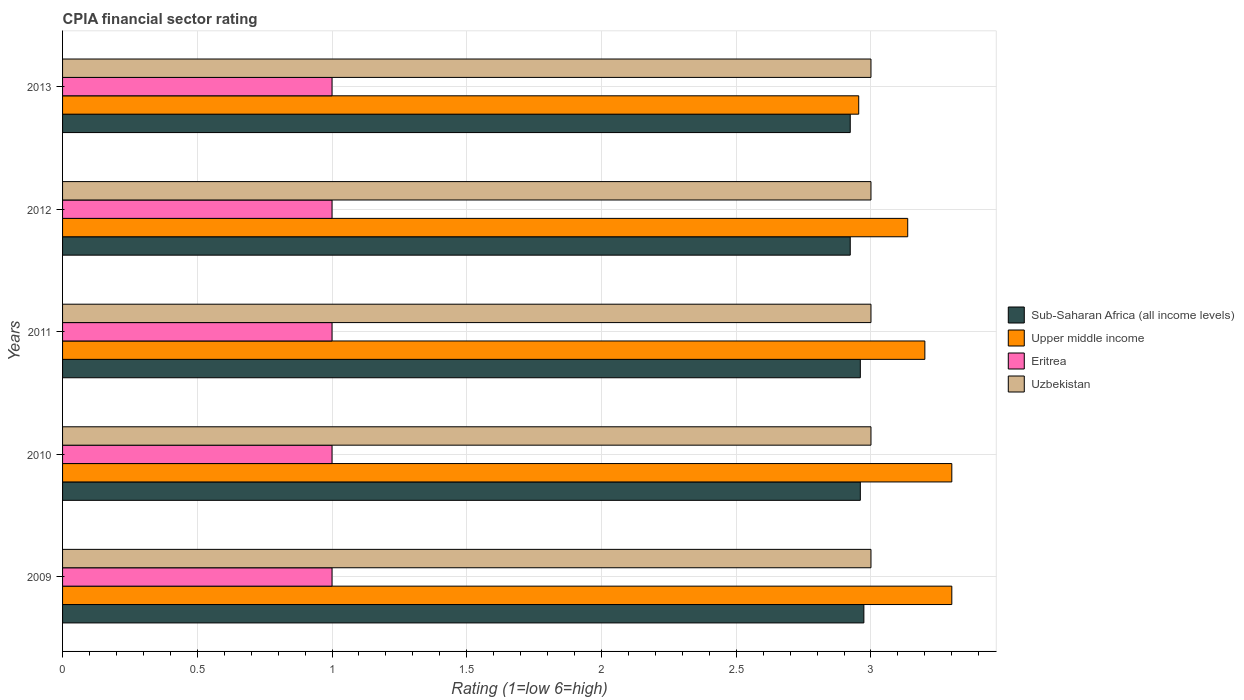
| Years | Sub-Saharan Africa (all income levels) | Upper middle income | Eritrea | Uzbekistan |
 | --- | --- | --- | --- | --- |
 | 2009 | 2.97 | 3.3 | 1 | 3 |
 | 2010 | 2.96 | 3.3 | 1 | 3 |
 | 2011 | 2.96 | 3.2 | 1 | 3 |
 | 2012 | 2.92 | 3.14 | 1 | 3 |
 | 2013 | 2.92 | 2.95 | 1 | 3 |